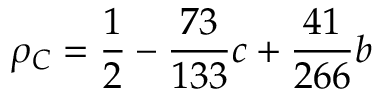
\rho _ { C } = \frac { 1 } { 2 } - \frac { 7 3 } { 1 3 3 } c + \frac { 4 1 } { 2 6 6 } b